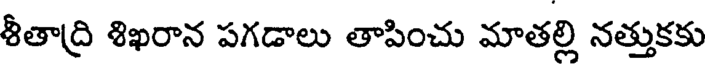
శీతాద్రి శిఖరాన పగడాలు తాపించు మాతల్లి నత్తుకకు